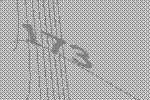
173